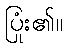
ပြုံး၏။